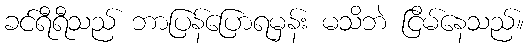
ခင်ရီရီသည် ဘာပြန်ပြောရမှန်း မသိဘဲ ငြိမ်နေသည်။